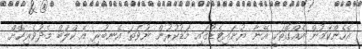
އެހެންކަމުން އެއްގޮތަކީ އޭނާ ޔުނައިޓެޑުގައި މަޑުކުރުން ނުވަތަ އެނބުރި އެ ކްލަބް މެދުވެރިކޮށް